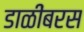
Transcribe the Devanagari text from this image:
डाळींबरस